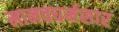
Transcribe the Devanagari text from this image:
मानवधर्मसार